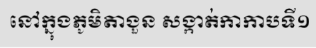
នៅក្នុងភូមិតាងួន សង្កាត់កាកាបទី១